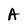
Character: A